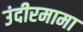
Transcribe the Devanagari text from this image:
उंदीरमामा